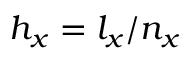
h _ { x } = l _ { x } / n _ { x }